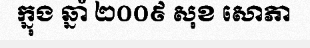
ក្នុង ឆ្នាំ ២០០៩ សុខ សោភា